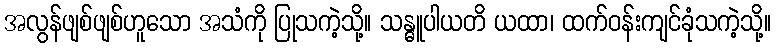
အလွန်ဖျစ်ဖျစ်ဟူသော အသံကို ပြုသကဲ့သို့။ သန္ဓူပါယတိ ယထာ၊ ထက်ဝန်းကျင်ခုံသကဲ့သို့။